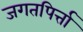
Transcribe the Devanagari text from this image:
जगतपिर्त्ता